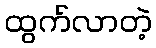
ထွက်လာတဲ့